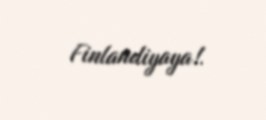
Finlandiyaya!.